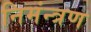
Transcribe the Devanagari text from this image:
निमंन्त्रण